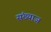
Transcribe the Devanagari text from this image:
संख्याज